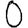
Digit: 0